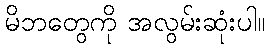
မိဘတွေကို အလွမ်းဆုံးပါ။